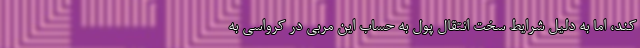
کند، اما به دلیل شرایط سخت انتقال پول به حساب این مربی در کرواسی به